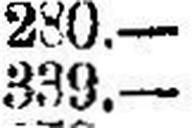
339.—